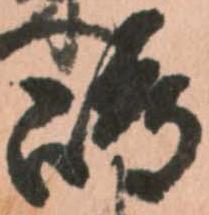
嶋